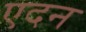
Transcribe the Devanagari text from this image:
एदन